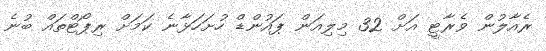
ރެއާލުން ވެރާޓީ އަށް 32 މިލިއަން ޕައުންޑް ހުށަހަޅާނެ ކަމަށް ރިޕޯޓްތައް ބުނެ